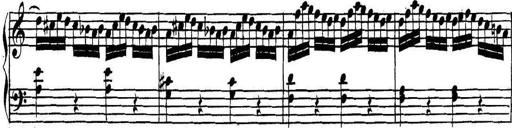
Title: Collected Piano Sonatas
Composer: Muzio Clementi